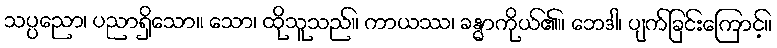
သပ္ပညော၊ ပညာရှိသော။ သော၊ ထိုသူသည်။ ကာယဿ၊ ခန္ဓာကိုယ်၏။ ဘေဒါ၊ ပျက်ခြင်းကြောင့်။